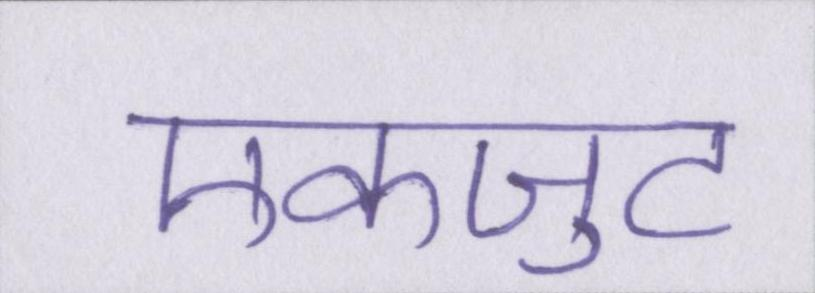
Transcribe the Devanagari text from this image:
एकजुट